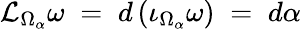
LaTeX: {\mathcal{L}}_{\Omega_{\alpha}}\omega\; =\; d\left(\iota_{\Omega_{\alpha}}\omega\right)\; =\; d\alpha